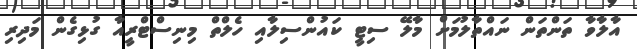
އާލާވާ ތަންތަން ނައްތާލުމަށް މާލޭ ސިޓީ ކައުންސިލާއި ހެލްތް މިނިސްޓްރީއާ ގުޅިގެން މަދިރި